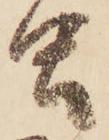
虫